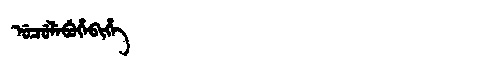
Manchu: ᡠᠴᡠᠯᡝᠪᡠᡥᡝᠪᡳᡥᡝ
Romanization: UCULEBUHEBIHE